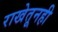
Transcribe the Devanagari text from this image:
राखेतूनही